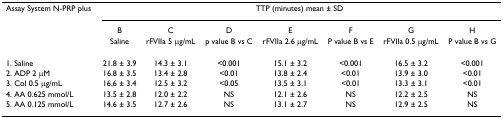
| Assay System N-PRP plus | <COLSPAN=7> TTP (minutes) mean ± SD |
 |  | B | C | D | E | F | G | H |
 |  | Saline | rFVIIa 5 μg/mL | p value B vs C | rFVIIa 2.6 μg/mL | P value B vs E | rFVIIa 0.5 μg/mL | P value B vs G |
 | --- | --- | --- | --- | --- | --- | --- | --- |
 | 1. Saline | 21.8 ± 3.9 | 14.3 ± 3.1 | <0.001 | 15.1 ± 3.2 | <0.001 | 16.5 ± 3.2 | <0.001 |
 | 2. ADP 2 μM | 16.8 ± 3.5 | 13.4 ± 2.8 | <0.01 | 13.8 ± 2.4 | <0.01 | 13.9 ± 3.0 | <0.01 |
 | 3. Col 0.5 μg/mL | 16,6 ± 3.4 | 12.5 ± 3.2 | <0.05 | 13.5 ± 3.1 | <0.01 | 13.3 ± 3.1 | <0.01 |
 | 4. AA 0.625 mmol/L | 13.5 ± 2.8 | 12.0 ± 2.2 | NS | 12.1 ± 2.6 | NS | 12.2 ± 2.5 | NS |
 | 5. AA 0.125 mmol/L | 14.6 ± 3.5 | 12.7 ± 2.6 | NS | 13.1 ± 2.7 | NS | 12.9 ± 2.5 | NS |